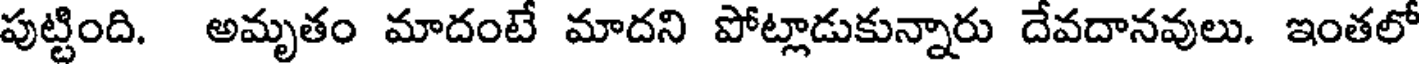
పుట్టింది. అమృతం మాదంటే మాదని పోట్లాడుకున్నారు దేవదానవులు. ఇంతలో